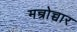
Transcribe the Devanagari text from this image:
मन्त्रोच्चार